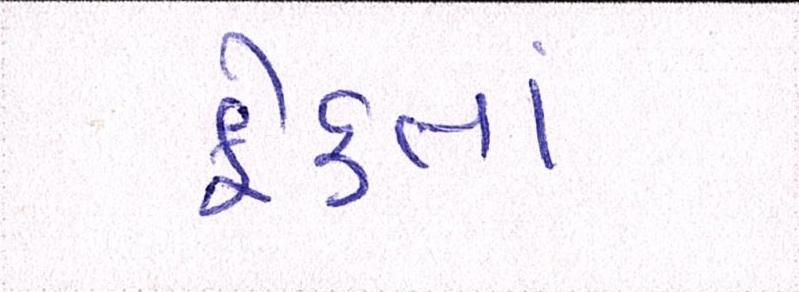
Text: ફેંકતાં